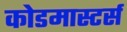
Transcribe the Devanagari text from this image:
कोडमास्टर्स